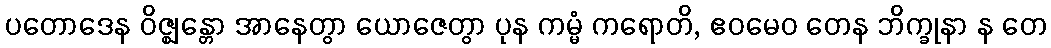
ပတောဒေန ဝိဇ္ဈန္တော အာနေတွာ ယောဇေတွာ ပုန ကမ္မံ ကရောတိ, ဧဝမေဝ တေန ဘိက္ခုနာ န တေ